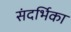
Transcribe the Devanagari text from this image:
संदर्भिका